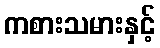
ကစားသမားနှင့်